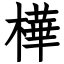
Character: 樺